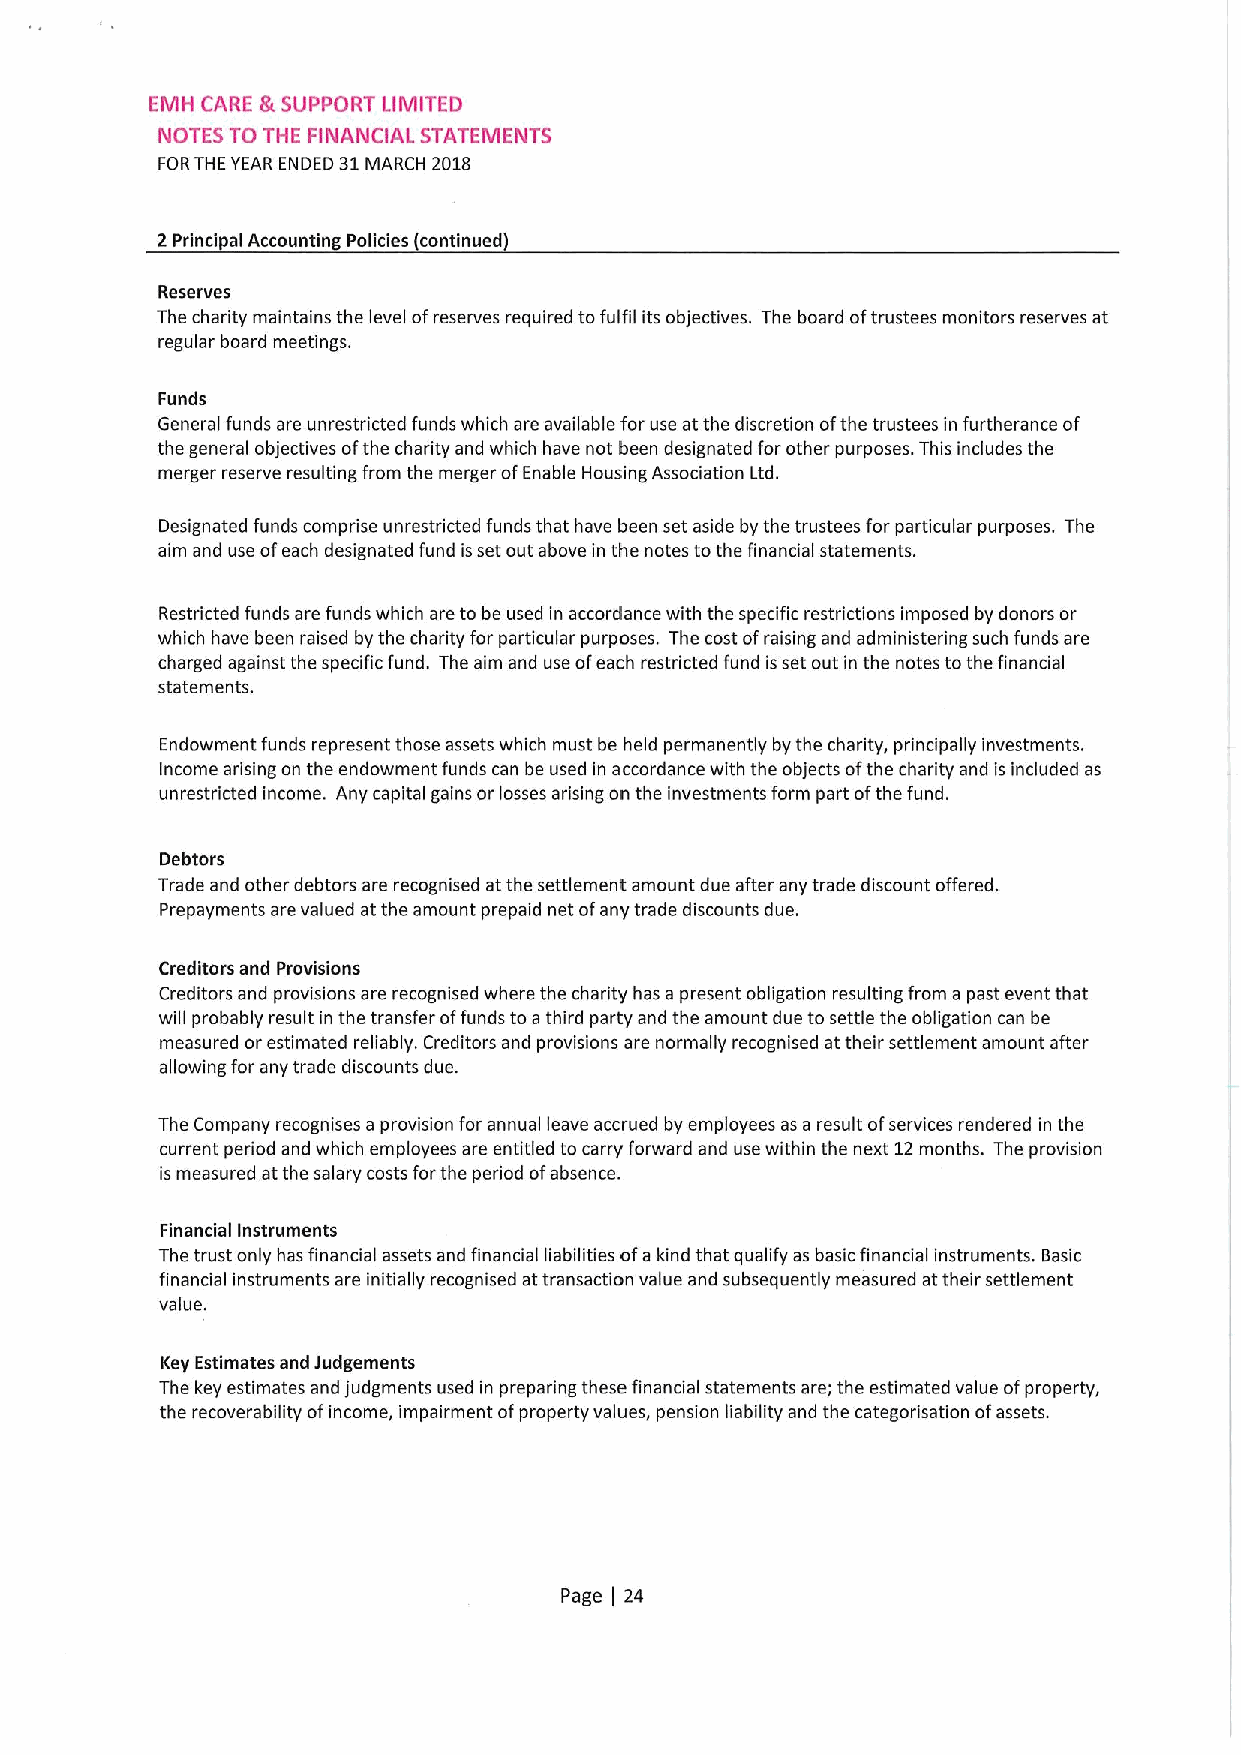
EMH CARE &SUPPORT LIMITED
 NOTES TO THE FINANCIAL STATEMENTS
 FORTHE YEAR ENDED 31MARCH 2018
 2 Principal Accounting Policies (continued)
 Reserves
 The charity maintains the level ofreserves required tofulfil its objectives. The board oftrustees monitors reserves at
 regular board meetings.
 Funds
 General funds are unrestricted funds which are available for use at the discretion ofthe trustees in furtherance of
 the general objectives ofthe charity and which have not been designated for other purposes. This includes the
 merger reserve resulting from the merger ofEnable Housing Association Ltd.
 Designated funds comprise unrestricted funds that have been set aside by the trustees for particular purposes. The
 aim and use ofeach designated fund isset out above in the notes tothe financial statements.
 Restricted funds are funds which are to be used in accordance with the specific restrictions imposed by donors or
 which have been raised by the charity for particular purposes. The cost ofraising and administering such funds are
 charged against the specific fund. The aim and use ofeach restricted fund is set out in the notes tothe financial
 statements.
 Endowment funds represent those assets which must be held permanently by the charity, principally investments.
 Income arising on the endowment funds can be used in accordance with the objects ofthe charity and is included as
 unrestricted income. Any capital gains or losses arising on the investments form part ofthe fund.
 Debtors
 Trade and other debtors are recognised at the settlement amount due after any trade discount offered.
 Prepayments are valued at the amount prepaid net ofany trade discounts due.
 Creditors and Provisions
 Creditors and provisions are recognised where the charity has a present obligation resulting from a past event that
 will probably result in the transfer offunds toa third party and the amount due to settle the obligation can be
 measured or estimated reliably. Creditors and provisions are normally recognised attheir settlement amount after
 allowing for any trade discounts due.
 The Company recognises a provision for annual leave accrued by employees as a result ofservices rendered in the
 current period and which employees are entitled to carry forward and use within the next 12months. The provision
 ismeasured at the salary costs forthe period ofabsence.
 Financial Instruments
 The trust only has financial assets and financial liabilities ofa kind that qualify as basic financial instruments. Basic
 financial instruments are initially recognised attransaction value and subsequently measured at their settlement
 value.
 Key Estimates and Judgements
 The key estimates and judgments used in preparing these financial statements are; the estimated value ofproperty,
 the recoverability ofincome, impairment ofproperty values, pension liability and the categorisation ofassets.
 Page 24
 [